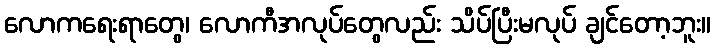
လောကရေးရာတွေ၊ လောကီအလုပ်တွေလည်း သိပ်ပြီးမလုပ် ချင်တော့ဘူး။